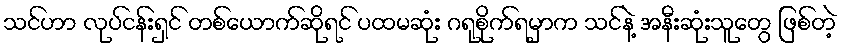
သင်ဟာ လုပ်ငန်းရှင် တစ်ယောက်ဆိုရင် ပထမဆုံး ဂရုစိုက်ရမှာက သင်နဲ့ အနီးဆုံးသူတွေ ဖြစ်တဲ့